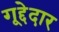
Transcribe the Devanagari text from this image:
गूद्देदार